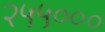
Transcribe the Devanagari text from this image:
२५५०००